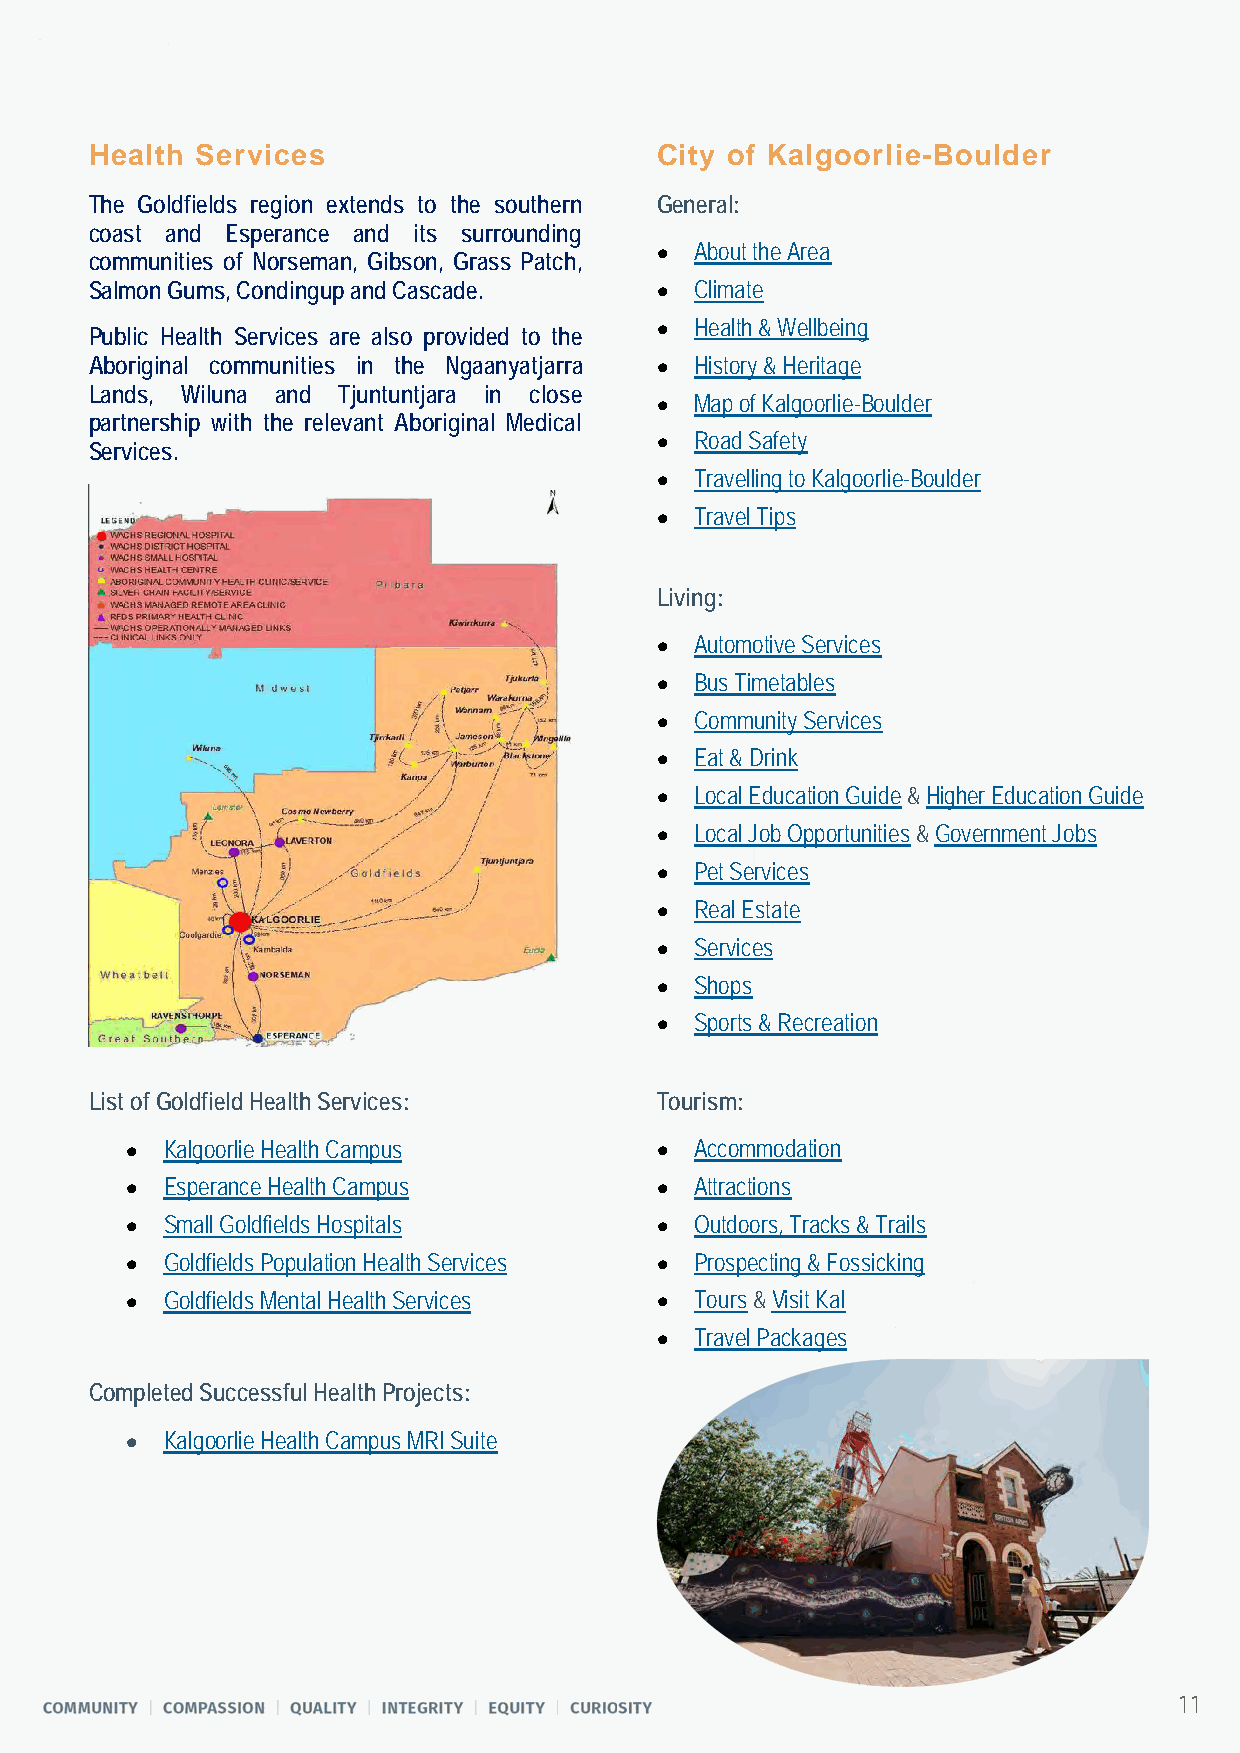
Health Services                      City of Kalgoorlie-Boulder
 The Goldfields region extends to the southern General:
 coast and Esperance and its surrounding
 •  About the Area
 communities of Norseman, Gibson, Grass Patch,
 Salmon Gums, Condingup and Cascade.  •  Climate
 •  Health & Wellbeing
 Public Health Services are also provided to the
 Aboriginal communities in the Ngaanyatjarra • History & Heritage
 Lands, Wiluna and Tjuntuntjara in close
 •  Map of Kalgoorlie-Boulder
 partnership with the relevant Aboriginal Medical
 •  Road Safety
 Services.
 •  Travelling to Kalgoorlie-Boulder
 •  Travel Tips
 Living:
 •  Automotive Services
 •  Bus Timetables
 •  Community Services
 •  Eat & Drink
 •  Local Education Guide & Higher Education Guide
 •  Local Job Opportunities & Government Jobs
 •  Pet Services
 •  Real Estate
 •  Services
 •  Shops
 •  Sports & Recreation
 List of Goldfield Health Services:   Tourism:
 •  Kalgoorlie Health Campus        •  Accommodation
 •  Esperance Health Campus         •  Attractions
 •  Small Goldfields Hospitals      •  Outdoors, Tracks & Trails
 •  Goldfields Population Health Services • Prospecting & Fossicking
 •  Goldfields Mental Health Services • Tours & Visit Kal
 •  Travel Packages
 Completed Successful Health Projects:
 •  Kalgoorlie Health Campus MRI Suite
 11